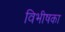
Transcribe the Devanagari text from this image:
विभीषका